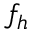
f _ { h }